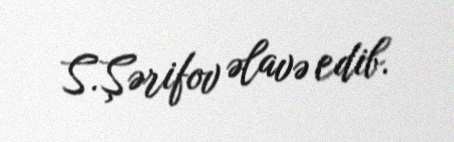
S.Şərifov əlavə edib.